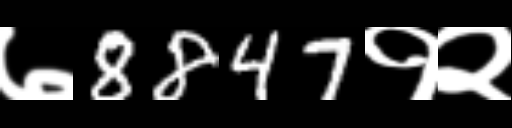
Text: ७8847१२